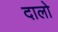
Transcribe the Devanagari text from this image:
दालो